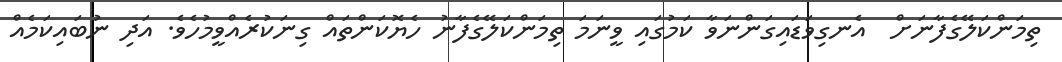
ތިމަންކަލޭގެފާނަށް  އެނގިވަޑައިގަންނަވާ ކަމުގައި ވީނަމަ ތިމަންކަލޭގެފާނު ހެޔޮކަންތައް ގިނަކުރެއްވީމުހެވެ. އަދި ނުބައިކަމެއް